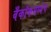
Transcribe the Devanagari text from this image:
बँकॉकमध्येच